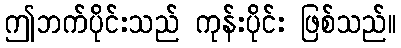
ဤဘက်ပိုင်းသည် ကုန်းပိုင်း ဖြစ်သည်။